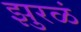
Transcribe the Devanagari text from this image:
झुरळं